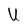
Character: U